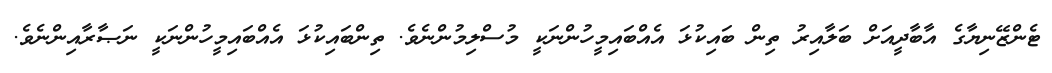
ޓެންޒޭނިޔާގެ އާބާދީއަށް ބަލާއިރު ތިން ބައިކުޅަ އެއްބައިމީހުންނަކީ މުސްލިމުންނެވެ. ތިންބައިކުޅަ އެއްބައިމީހުންނަކީ ނަޞާރާއިންނެވެ.